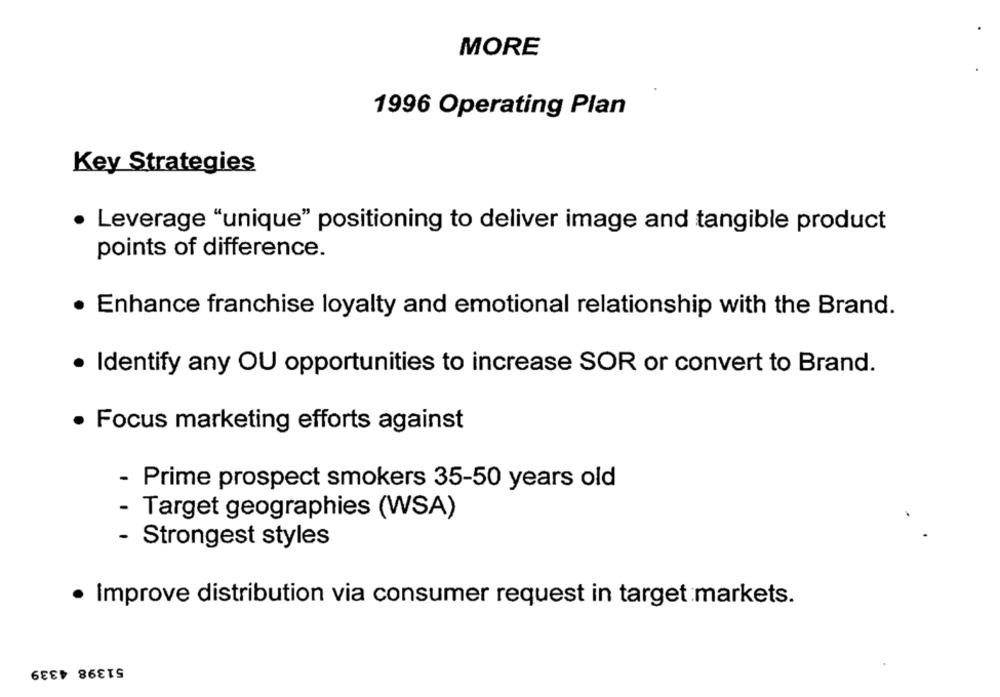
MORE
1996 Operating Plan
Key Strategies
Leverage "unique" positioning to deliver image and tangible product
points of difference.
· Enhance franchise loyalty and emotional relationship with the Brand.
· Identify any OU opportunities to increase SOR or convert to Brand.
· Focus marketing efforts against
- Prime prospect smokers 35-50 years old
- Target geographies (WSA)
- Strongest styles
· Improve distribution via consumer request in target markets.
51398 4339